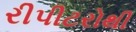
રીપીટરોથી